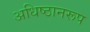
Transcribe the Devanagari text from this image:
अधिष्ठानरूप